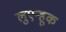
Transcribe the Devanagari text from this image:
लुएन्हूक